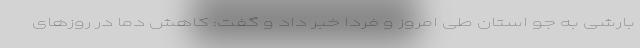
بارشی به جو استان طی امروز و فردا خبر داد و گفت: کاهش دما در روزهای